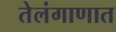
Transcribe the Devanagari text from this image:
तेलंगाणात